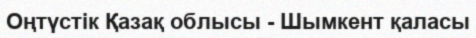
Оңтүстік Қазақ облысы - Шымкент қаласы